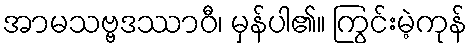
အာမသဗ္ဗဒဿာဝီ၊ မှန်ပါ၏။ ကြွင်းမဲ့ကုန်